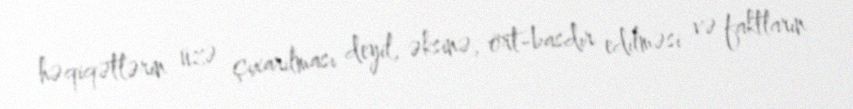
həqiqətlərin üzə çıxarılması deyil, əksinə, ört-basdır edilməsi və faktların